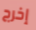
إخرج